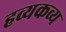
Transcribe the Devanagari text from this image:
हव्यकव्य